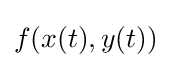
f(x(t),y(t))